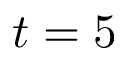
t = 5